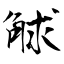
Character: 觩